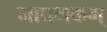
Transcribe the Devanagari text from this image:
माघमकम्